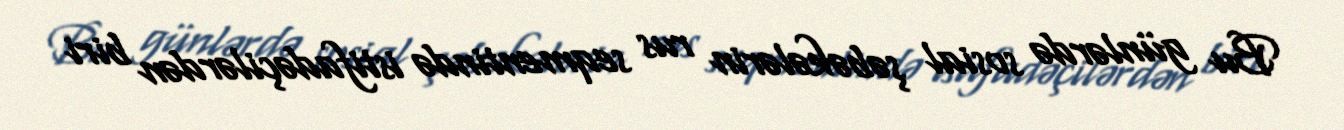
Bu günlərdə sosial şəbəkələrin rus seqmentində istifadəçilərdən biri